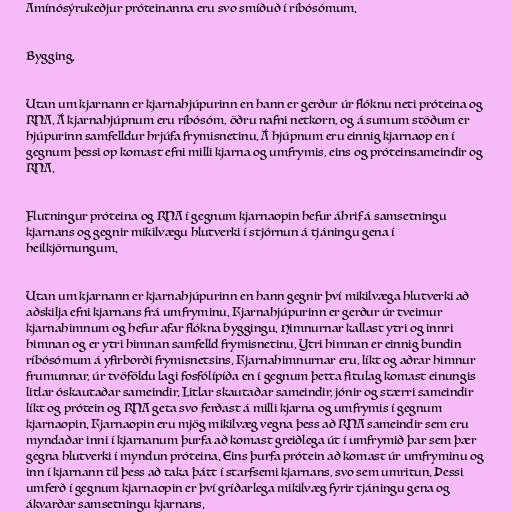
Amínósýrukeðjur próteinanna eru svo smíðuð í ríbósómum.

Bygging.

Utan um kjarnann er kjarnahjúpurinn en hann er gerður úr flóknu neti próteina og
RNA. Á kjarnahjúpnum eru ríbósóm, öðru nafni netkorn, og á sumum stöðum er
hjúpurinn samfelldur hrjúfa frymisnetinu. Á hjúpnum eru einnig kjarnaop en í
gegnum þessi op komast efni milli kjarna og umfrymis, eins og próteinsameindir og
RNA.

Flutningur próteina og RNA í gegnum kjarnaopin hefur áhrif á samsetningu
kjarnans og gegnir mikilvægu hlutverki í stjórnun á tjáningu gena í
heilkjörnungum.

Utan um kjarnann er kjarnahjúpurinn en hann gegnir því mikilvæga hlutverki að
aðskilja efni kjarnans frá umfryminu. Kjarnahjúpurinn er gerður úr tveimur
kjarnahimnum og hefur afar flókna byggingu. Himnurnar kallast ytri og innri
himnan og er ytri himnan samfelld frymisnetinu. Ytri himnan er einnig bundin
ríbósómum á yfirborði frymisnetsins. Kjarnahimnurnar eru, líkt og aðrar himnur
frumunnar, úr tvöföldu lagi fosfólípíða en í gegnum þetta fitulag komast einungis
litlar óskautaðar sameindir. Litlar skautaðar sameindir, jónir og stærri sameindir
líkt og prótein og RNA geta svo ferðast á milli kjarna og umfrymis í gegnum
kjarnaopin. Kjarnaopin eru mjög mikilvæg vegna þess að RNA sameindir sem eru
myndaðar inni í kjarnanum þurfa að komast greiðlega út í umfrymið þar sem þær
gegna hlutverki í myndun próteina. Eins þurfa prótein að komast úr umfryminu og
inn í kjarnann til þess að taka þátt í starfsemi kjarnans, svo sem umritun. Þessi
umferð í gegnum kjarnaopin er því gríðarlega mikilvæg fyrir tjáningu gena og
ákvarðar samsetningu kjarnans.